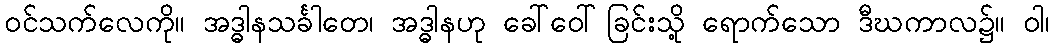
ဝင်သက်လေကို။ အဒ္ဓါနသင်္ခါတေ၊ အဒ္ဓါနဟု ခေါ်ဝေါ်ခြင်းသို့ ရောက်သော ဒီဃကာလ၌။ ဝါ၊